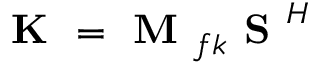
\textbf { K } = \textbf { M } _ { f k } \textbf { S } ^ { H }